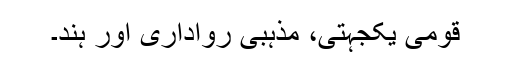
قومی یکجہتی، مذہبی رواداری اور ہند۔